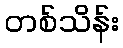
တစ်သိန်း